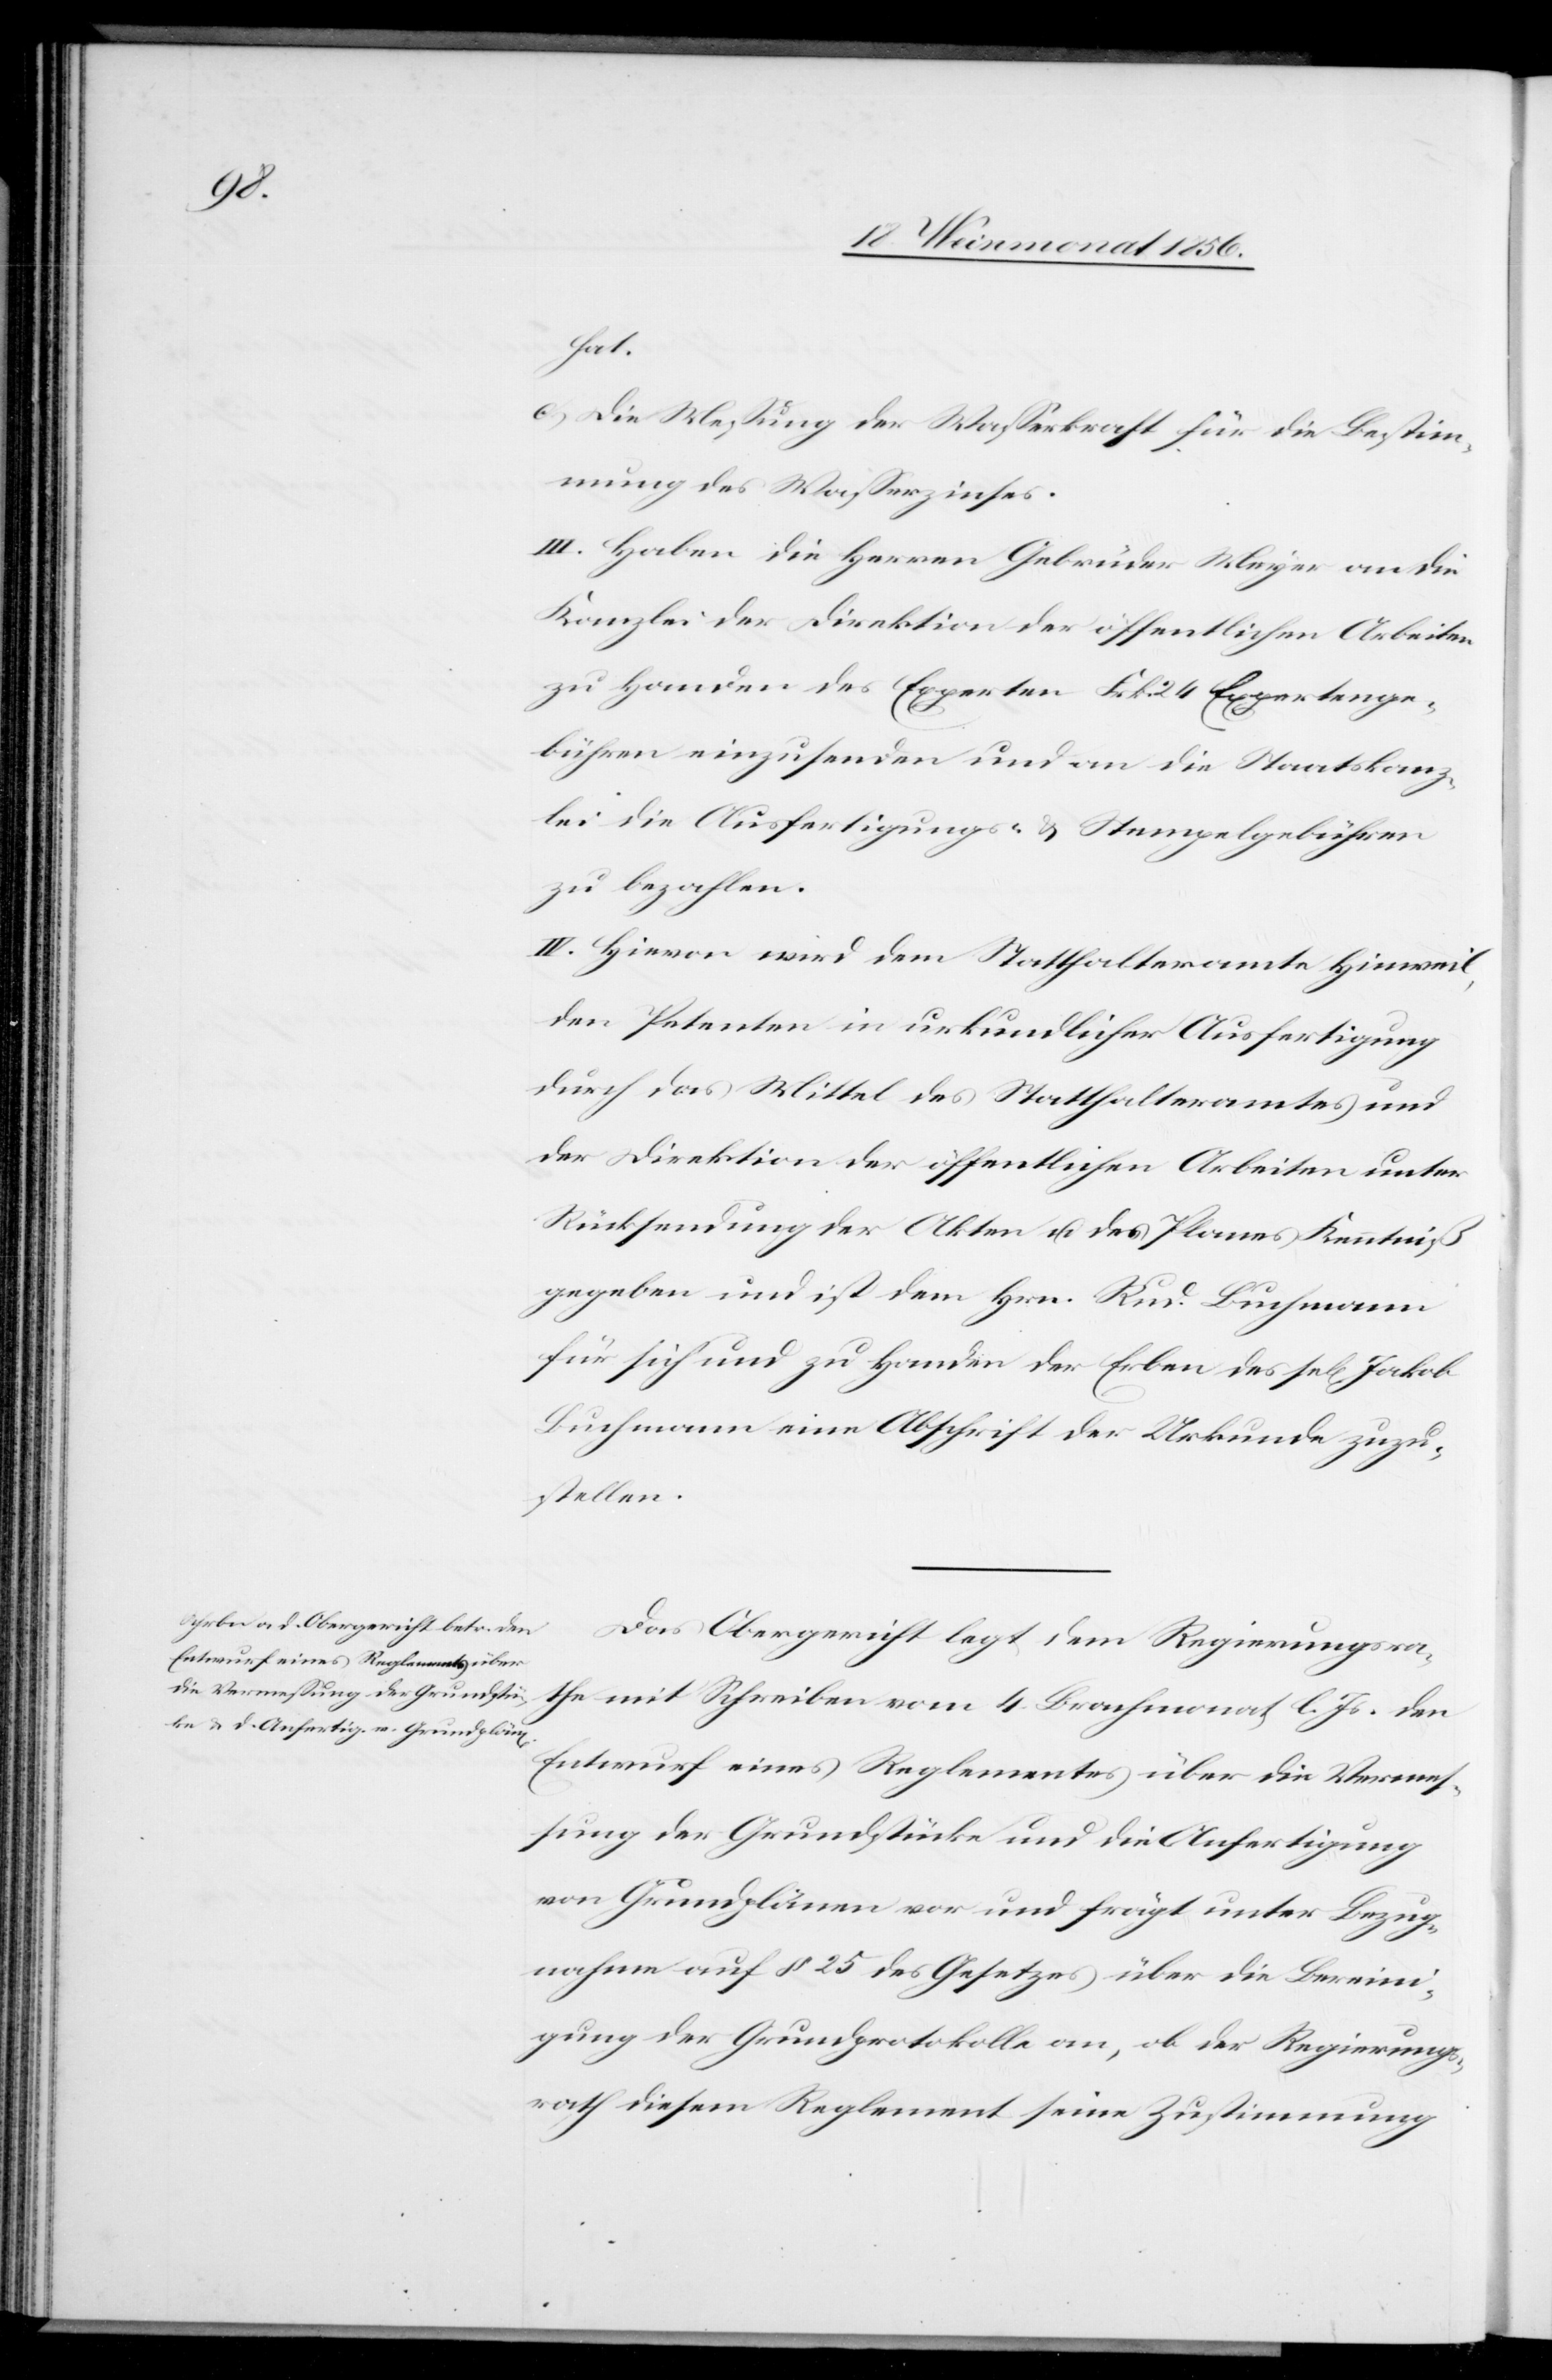
hat.
c.) Die Messung der Wasserkraft für die Bestim¬
mung des Wasserzinses.
III. Haben die Herren Gebrüder Meyer an die
Kanzlei der Direktion der öffentlichen Arbeiten
zu Handen des Experten Frk. 24 Expertenge¬
bühren einzusenden und an die Staatskanz¬
lei die Ausfertigungs- & Stempelgebühren
zu bezahlen.
IV. Hievon wird dem Statthalteramte Hinweil,
den Petenten in urkundlicher Ausfertigung
durch das Mittel des Statthalteramtes und
der Direktion der öffentlichen Arbeiten unter
Rücksendung der Akten u. des Planes Kenntniß
gegeben und ist dem Hrn. Rud. Buchmann
für sich und zu Handen der Erben des sel[igen] Jakob
Buchmann eine Abschrift der Urkunde zuzu¬
stellen.
Das Obergericht legt dem Regierungsra¬
the mit Schreiben vom 4. Brachmonat l. Js. den
Entwurf eines Reglements über die Vermes¬
sung der Grundstücke und die Anfertigung
von Grundplänen vor und frägt unter Bezug¬
nahme auf § 25 des Gesetzes über die Bereini¬
gung der Grundprotokolle an, ob der Regierungs¬
rath diesem Reglement seine Zustimmung